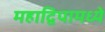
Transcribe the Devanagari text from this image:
महाद्विपामध्ये